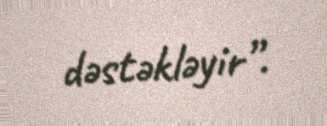
dəstəkləyir”.